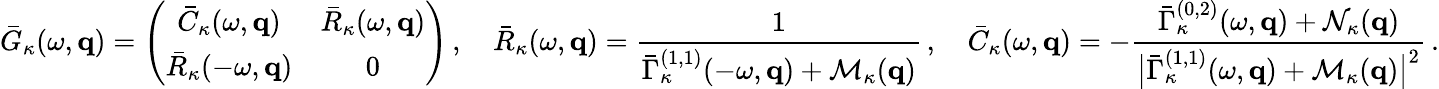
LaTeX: \bar{G}_{\kappa}(\omega,{\mathbf q})=\left(\begin{array}{cc}{\bar{C}_{\kappa}(\omega,{\mathbf q})}&{\bar{R}_{\kappa}(\omega,{\mathbf q})}\\ {\bar{R}_{\kappa}(-\omega,{\mathbf q})}&{0}\end{array}\right)\, ,\quad\bar{R}_{\kappa}(\omega,{\mathbf q})=\frac{1}{\bar{\Gamma}_{\kappa}^{(1,1)}(-\omega,{\mathbf q})+{\cal M}_{\kappa}({\mathbf q})}\, ,\quad\bar{C}_{\kappa}(\omega,{\mathbf q})=-\frac{\bar{\Gamma}_{\kappa}^{(0,2)}(\omega,{\mathbf q})+{\cal N}_{\kappa}({\mathbf q})}{\big|\bar{\Gamma}_{\kappa}^{(1,1)}(\omega,{\mathbf q})+{\cal M}_{\kappa}({\mathbf q})\big|^{2}}\, .